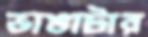
ভাঙাটার